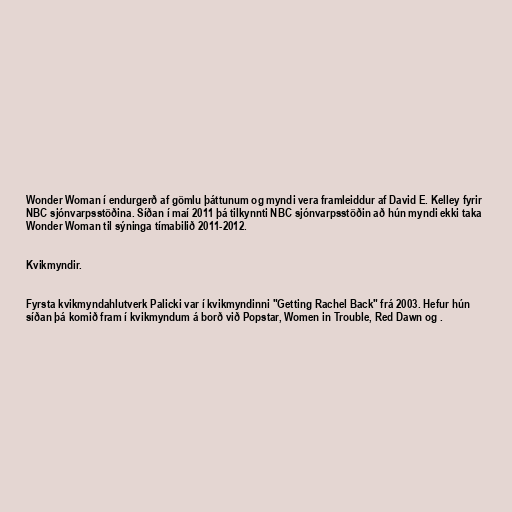
Wonder Woman í endurgerð af gömlu þáttunum og myndi vera framleiddur af David E. Kelley fyrir
NBC sjónvarpsstöðina. Síðan í maí 2011 þá tilkynnti NBC sjónvarpsstöðin að hún myndi ekki taka
Wonder Woman til sýninga tímabilið 2011-2012.

Kvikmyndir.

Fyrsta kvikmyndahlutverk Palicki var í kvikmyndinni "Getting Rachel Back" frá 2003. Hefur hún
síðan þá komið fram í kvikmyndum á borð við Popstar, Women in Trouble, Red Dawn og .